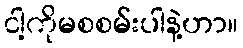
ငါ့ကိုမစစမ်းပါနဲ့ဟာ။